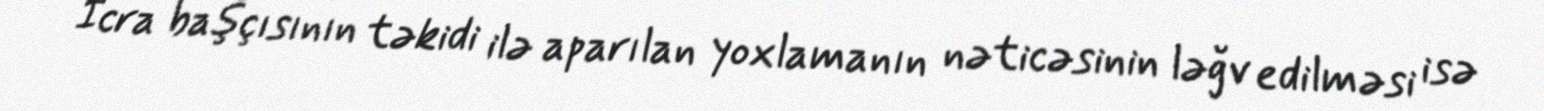
İcra başçısının təkidi ilə aparılan yoxlamanın nəticəsinin ləğv edilməsi isə